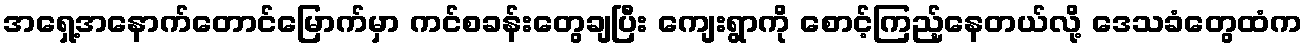
အရှေ့အနောက်တောင်မြောက်မှာ ကင်စခန်းတွေချပြီး ကျေးရွာကို စောင့်ကြည့်နေတယ်လို့ ဒေသခံတွေထံက